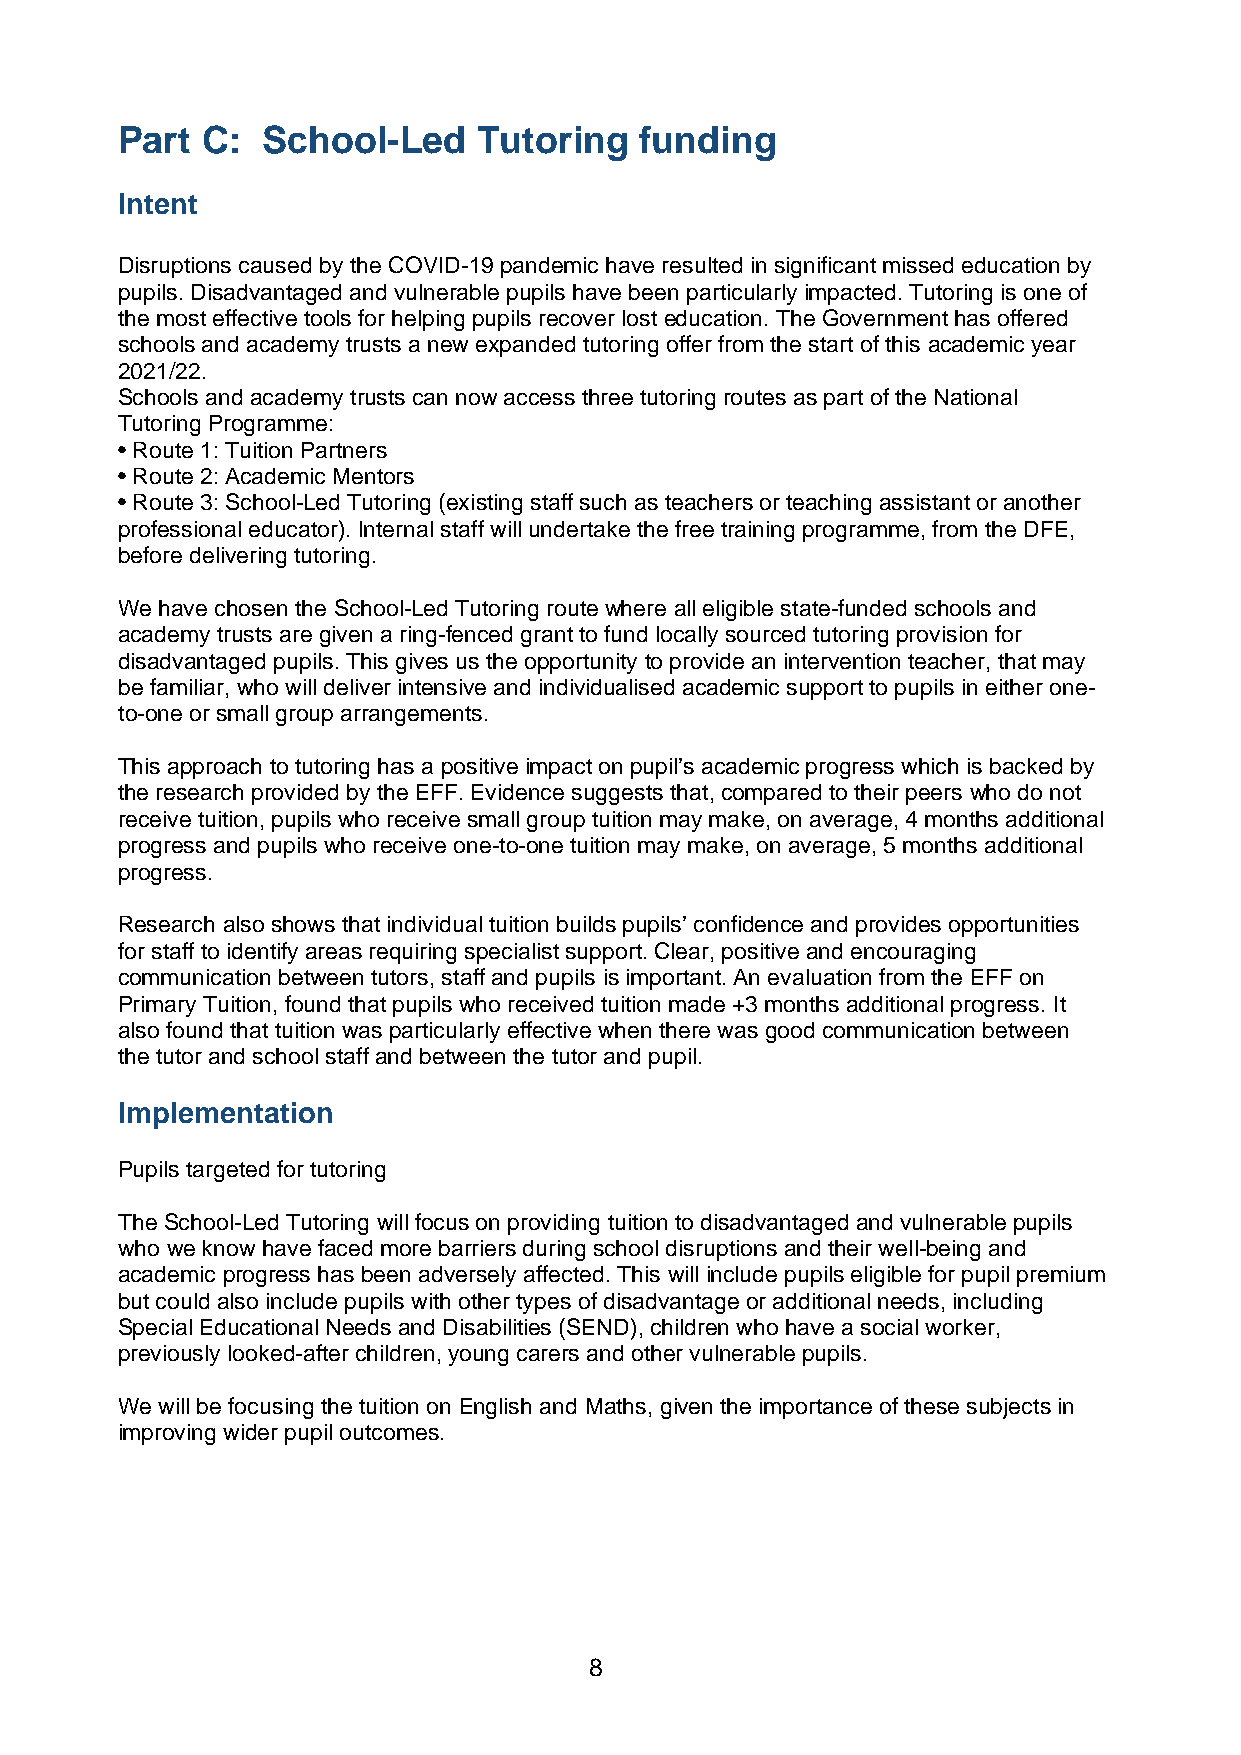
Part C:  School-Led     Tutoring  funding
 Intent
 Disruptions caused by the COVID-19 pandemic have resulted in significant missed education by
 pupils. Disadvantaged and vulnerable pupils have been particularly impacted. Tutoring is one of
 the most effective tools for helping pupils recover lost education. The Government has offered
 schools and academy trusts a new expanded tutoring offer from the start of this academic year
 2021/22.
 Schools and academy trusts can now access three tutoring routes as part of the National
 Tutoring Programme:
 • Route 1: Tuition Partners
 • Route 2: Academic Mentors
 • Route 3: School-Led Tutoring (existing staff such as teachers or teaching assistant or another
 professional educator). Internal staff will undertake the free training programme, from the DFE,
 before delivering tutoring.
 We have chosen the School-Led Tutoring route where all eligible state-funded schools and
 academy trusts are given a ring-fenced grant to fund locally sourced tutoring provision for
 disadvantaged pupils. This gives us the opportunity to provide an intervention teacher, that may
 be familiar, who will deliver intensive and individualised academic support to pupils in either one-
 to-one or small group arrangements.
 This approach to tutoring has a positive impact on pupil’s academic progress which is backed by
 the research provided by the EFF. Evidence suggests that, compared to their peers who do not
 receive tuition, pupils who receive small group tuition may make, on average, 4 months additional
 progress and pupils who receive one-to-one tuition may make, on average, 5 months additional
 progress.
 Research also shows that individual tuition builds pupils’ confidence and provides opportunities
 for staff to identify areas requiring specialist support. Clear, positive and encouraging
 communication between tutors, staff and pupils is important. An evaluation from the EFF on
 Primary Tuition, found that pupils who received tuition made +3 months additional progress. It
 also found that tuition was particularly effective when there was good communication between
 the tutor and school staff and between the tutor and pupil.
 Implementation
 Pupils targeted for tutoring
 The School-Led Tutoring will focus on providing tuition to disadvantaged and vulnerable pupils
 who we know have faced more barriers during school disruptions and their well-being and
 academic progress has been adversely affected. This will include pupils eligible for pupil premium
 but could also include pupils with other types of disadvantage or additional needs, including
 Special Educational Needs and Disabilities (SEND), children who have a social worker,
 previously looked-after children, young carers and other vulnerable pupils.
 We will be focusing the tuition on English and Maths, given the importance of these subjects in
 improving wider pupil outcomes.
 8